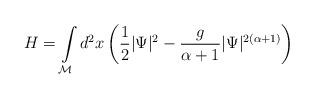
LaTeX: \begin{align*}H=\int\limits_{\cal M} d^{2}x\left( \frac 12|\Psi |^2-\frac{g}{\alpha+1}|\Psi |^{2(\alpha+1) }\right)\end{align*}